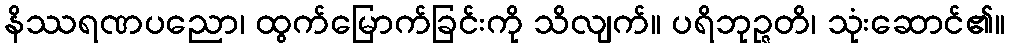
နိဿရဏပညော၊ ထွက်မြောက်ခြင်းကို သိလျက်။ ပရိဘုဉ္ဇတိ၊ သုံးဆောင်၏။